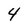
Character: 4